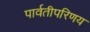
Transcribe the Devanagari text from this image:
पार्वतीपरिणय